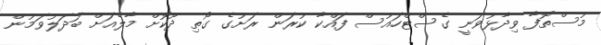
މުސްތޮފާ ވިދާޅުވަނީ ގެސްޓްހައުސް ފައްކާ ކުރަން ރަށުގެ ގޯތި ދޫކޮށް މާލެއަށް ބަދަލުވަމުން